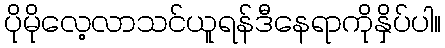
ပိုမိုလေ့လာသင်ယူရန်ဒီနေရာကိုနှိပ်ပါ။